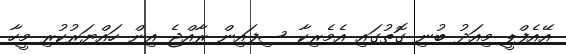
އޭއެފްޕީ މިއަދު ބުނި ގޮތުގައި އެމެރިކާ ސިފައިން ރާއްޖެ އިން ހައްޔަރުކުރި މީހާ